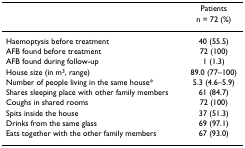
|  | Patients |
 |  | n = 72 (%) |
 | --- | --- |
 | Haemoptysis before treatment | 40 (55.5) |
 | AFB found before treatment | 72 (100) |
 | AFB found during follow-up | 1 (1.3) |
 | House size (in m3, range) | 89.0 (77–100) |
 | Number of people living in the same house* | 5.3 (4.6–5.9) |
 | Shares sleeping place with other family members | 61 (84.7) |
 | Coughs in shared rooms | 72 (100) |
 | Spits inside the house | 37 (51.3) |
 | Drinks from the same glass | 69 (97.1) |
 | Eats together with the other family members | 67 (93.0) |